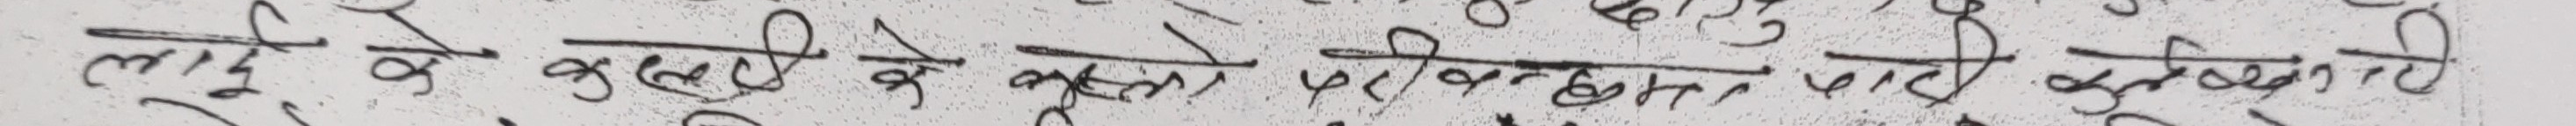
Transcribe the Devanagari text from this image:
लाई के कसरी के मूल्य परिवर्तन पाटी दुखानु